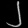
Digit: ၂